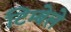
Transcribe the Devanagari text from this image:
टिम्बेले